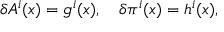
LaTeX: \delta A ^ { i } ( x ) = g ^ { i } ( x ) , \ \ \ \delta \pi ^ { i } ( x ) = h ^ { i } ( x ) ,